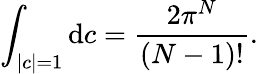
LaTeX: \int_{|c|=1}\mathrm{d}c={\frac{2\pi^{N}}{(N-1)!}}.